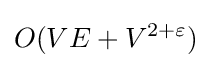
O(VE+V^{2+\varepsilon })